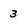
Character: 3